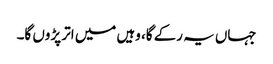
جہاں یہ رکے گا، وہیں میں اتر پڑوں گا۔